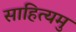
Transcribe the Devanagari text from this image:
साहित्यमु